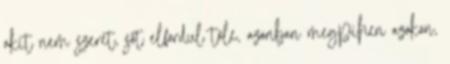
akit nem szeret, sőt elfordul tőle, azonban megpihen azokon,